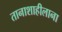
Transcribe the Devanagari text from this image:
तानाशाहीलाना